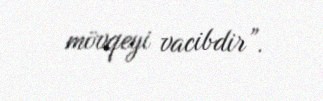
mövqeyi vacibdir”.